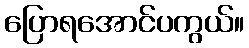
ပြောရအောင်ပကွယ်။